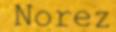
Norez